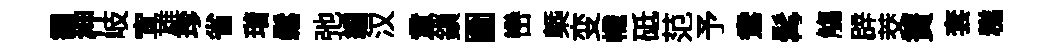
靄柙岐宜雄珍省瑎鬆弛編汉意鎻圗巒槩变幟砥范予鴦髯觴辟茭簀套糕